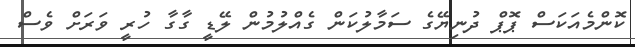
ކޮންމެއަކަސް ޕޮޕް ދުނިޔޭގެ ސަމާލުކަން ގެއްލުމުން ލޭޑީ ގާގާ ހުރީ ވަރަށް ވެސް